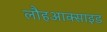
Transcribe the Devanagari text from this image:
लौहआक्साइड